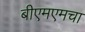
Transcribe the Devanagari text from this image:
बीएमएमचा